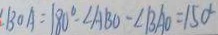
\angle B O A = 1 8 0 ^ { \circ } - \angle A B O - \angle B A O = 1 5 0 ^ { \circ }